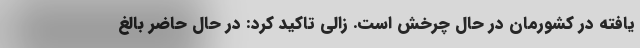
یافته در کشورمان در حال چرخش است. زالی تاکید کرد: در حال حاضر بالغ